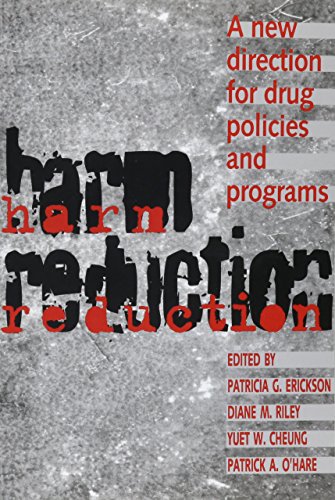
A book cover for Harm Reduction: A New Direction for Drug Policies and Programs; Law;